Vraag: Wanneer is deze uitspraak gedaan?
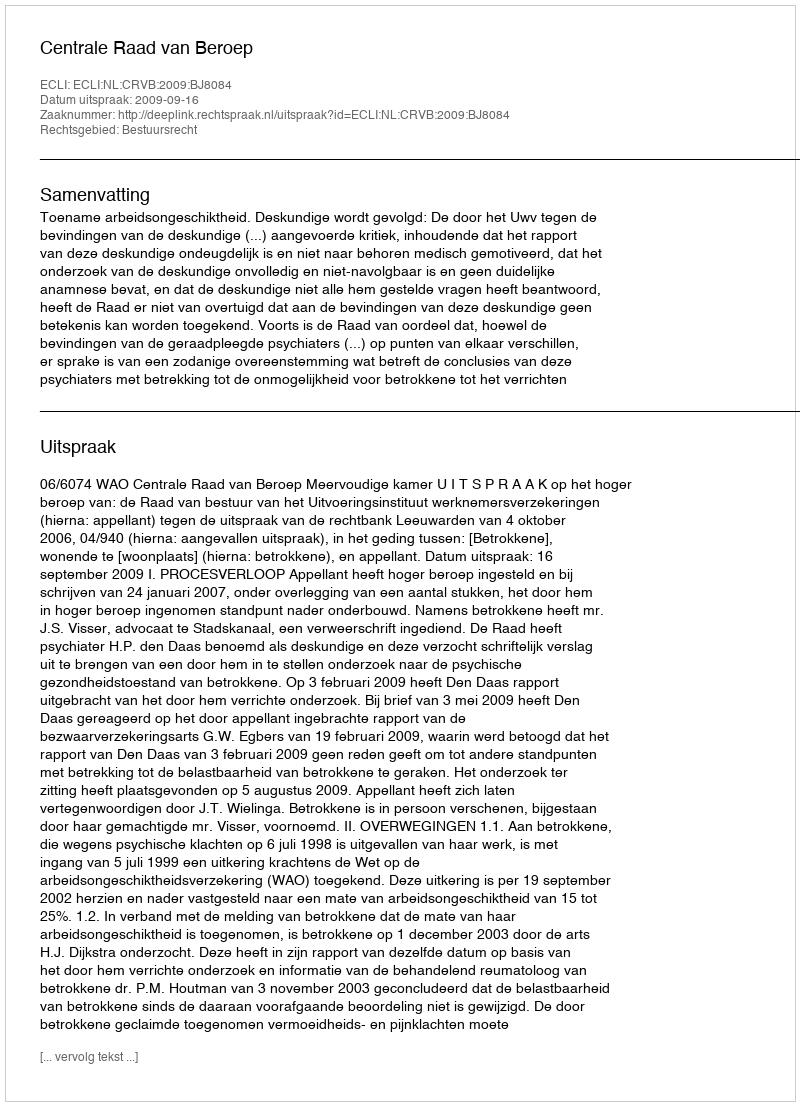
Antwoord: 2009-09-16